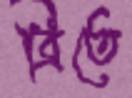
ব্রিতে